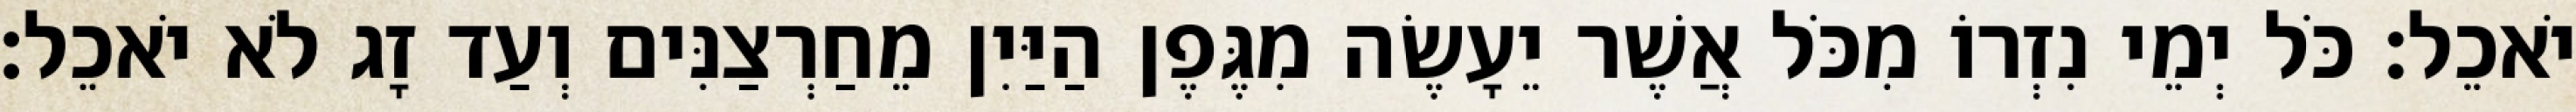
יֹאכֵל׃ כֹּל יְמֵי נִזְרוֹ מִכֹּל אֲשֶׁר יֵעָשֶׂה מִגֶּפֶן הַיַּיִן מֵחַרְצַנִּים וְעַד זָג לֹא יֹאכֵל׃